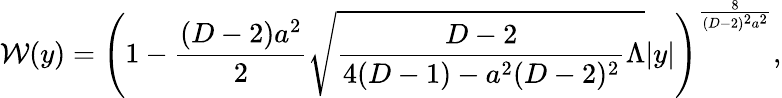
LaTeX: {\cal W}(y)=\left(1-{\frac{(D-2)a^{2}}{2}}\sqrt{{\frac{D-2}{4(D-1)-a^{2}(D-2)^{2}}}\Lambda}|y|\right)^{\frac{8}{(D-2)^{2}a^{2}}},